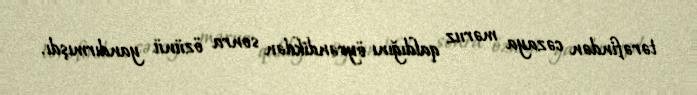
tərəfindən cəzaya məruz qaldığını öyrəndikdən sonra özünü yandırmışdı.